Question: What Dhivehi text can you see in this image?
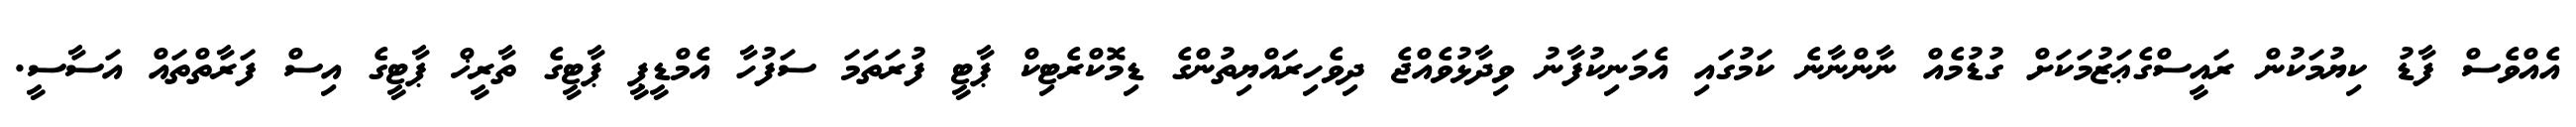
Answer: އެއްވެސް ފާޑު ކިޔުމަކުން ރައީސްގެޢަޒުމަކަށް ގުޑުމެއް ނާންނާނެ ކަމުގައި އެމަނިކުފާނު ވިދާޅުވެއްޖެ ދިވެހިރައްޔިތުންގެ ޑިމޮކްރެޓިކް ޕާޓީ ފުރަތަމަ ސަފުހާ އެމްޑީޕީ ޕާޓީގެ ތާރީޚް ޕާޓީގެ އިސް ފަރާތްތައް އަސާސީ.